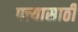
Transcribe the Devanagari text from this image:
पत्त्यासाठी